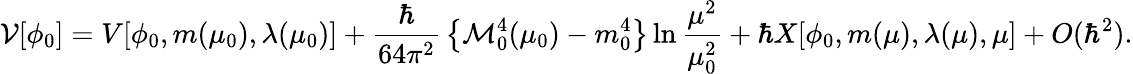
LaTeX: {\cal V}[\phi_{0}]=V[\phi_{0},m(\mu_{0}),\lambda(\mu_{0})]+{\frac{\hbar}{64\pi^{2}}}\left\{ {\cal M}_{0}^{4}(\mu_{0})-m_{0}^{4}\right\} \ln{\frac{\mu^{2}}{\mu_{0}^{2}}}+\hbar X[\phi_{0},m(\mu),\lambda(\mu),\mu]+O(\hbar^{2}).